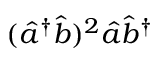
( \hat { a } ^ { \dag } \hat { b } ) ^ { 2 } \hat { a } \hat { b } ^ { \dag }